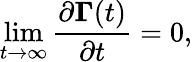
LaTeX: \operatorname*{lim}_{t\to\infty}\frac{\partial\boldsymbol{\Gamma}(t)}{\partial t}=0,